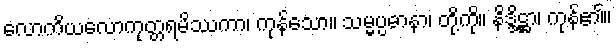
လောကိယလောကုတ္တရမိဿကာ၊ ကုန်သော။ သမ္မပ္ပဓာနာ၊ တို့ကို။ နိဒ္ဒိဋ္ဌာ၊ ကုန်၏။